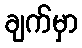
ချက်မှာ